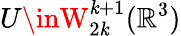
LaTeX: U\inW_{2\mathit{k}}^{\mathit{k}+1}({\mathbb{R}}^{3})